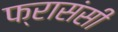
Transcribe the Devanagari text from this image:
फ्रासंसी